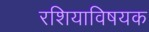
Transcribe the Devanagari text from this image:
रशियाविषयक